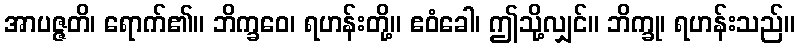
အာပဇ္ဇတိ၊ ရောက်၏။ ဘိက္ခဝေ၊ ရဟန်းတို့။ ဧဝံခေါ၊ ဤသို့လျှင်။ ဘိက္ခု၊ ရဟန်းသည်။